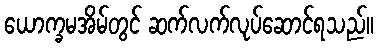
ယောက္ခမအိမ်တွင် ဆက်လက်လုပ်ဆောင်ရသည်။